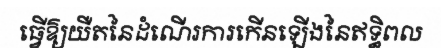
ធ្វើឱ្យយឺតនៃដំណើរការកើនឡើងនៃឥទ្ធិពល